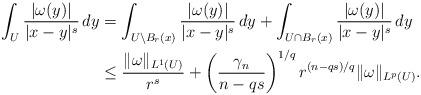
LaTeX: \begin{align*}\int_U {|\omega(y)| \over |x - y|^s} \, dy & = \int_{U \setminus B_r(x) } {|\omega(y)| \over |x - y|^s} \, dy + \int_{U\cap B_r(x)} {|\omega(y)| \over |x - y|^s} \, dy \\& \leq {\|\omega\|_{L^1(U)} \over r^s} + \left( {\gamma_n \over n-qs} \right)^{1/q} r^{(n - qs)/q} \|\omega\|_{L^p(U)}. \end{align*}